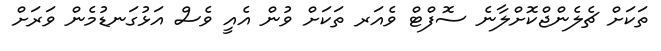
ތަކަށް ޗެލެންޖްކޮށްލާނެ ސޮފްޓް ވެއަރ ތަކަށް ވުން އެއީ ވެސް އަޅުގަނޑުމެން ވަރަށް